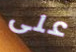
على